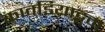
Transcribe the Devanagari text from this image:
कावडियाट्टम